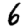
Digit: 6